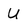
Character: U